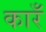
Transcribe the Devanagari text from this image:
कारँ